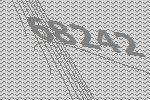
68242